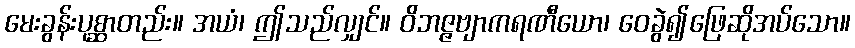
မေးခွန်းပုစ္ဆာတည်း။ အယံ၊ ဤသည်လျှင်။ ဝိဘဇ္ဇဗျာကရဏီယော၊ ဝေခွဲ၍ဖြေဆိုအပ်သော။